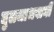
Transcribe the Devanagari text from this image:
तुलजाभवानी